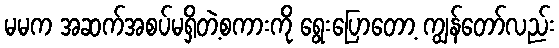
မမက အဆက်အစပ်မရှိတဲ့စကားကို ရွေးပြောတော့ ကျွန်တော်လည်း